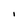
Character: I